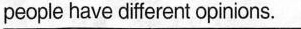
people have different opinions.